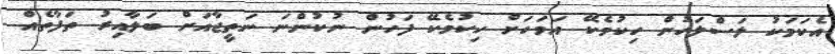
އެކަމަކު ލަސްލަހުން ހިކުމެކޭ އަވަހަށް ހިކުމެކޭ ފަހުން ނުކުންނަ ނަތީޖާއަށް ބަލާއިރު ތަފާތެއް